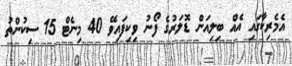
އެމެރިކާގައި އެއް ބިލިއަން ޑޮލަރުގެ ފޯނު ވިކިފައިވޭ 40 މިނެޓް 15 ސިކުންތު